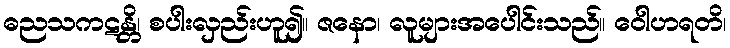
ဓညသကဋန္တိ၊ စပါးလှည်းဟူ၍။ ဇနော၊ လူများအပေါင်းသည်။ ဝေါဟရတိ၊